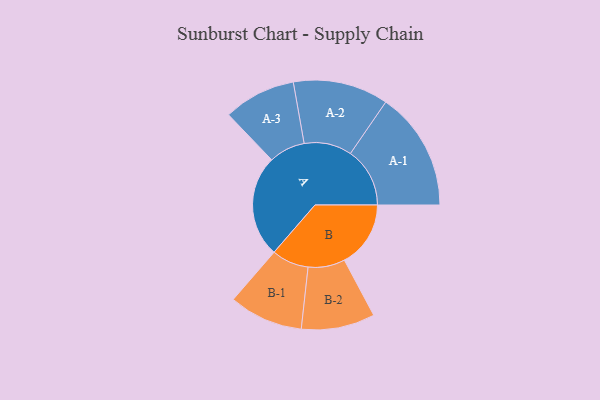
{"axis": {"x": "Segment", "y": "Value"}, "legend": ["", "A", "B"], "data": [{"x": "A", "y": 460, "type": ""}, {"x": "B", "y": 299, "type": ""}, {"x": "A-1", "y": 268, "type": "A"}, {"x": "A-2", "y": 215, "type": "A"}, {"x": "A-3", "y": 163, "type": "A"}, {"x": "B-1", "y": 167, "type": "B"}, {"x": "B-2", "y": 166, "type": "B"}]}